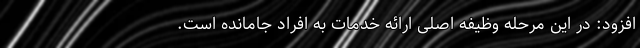
افزود: در این مرحله وظیفه اصلی ارائه خدمات به افراد جامانده است.